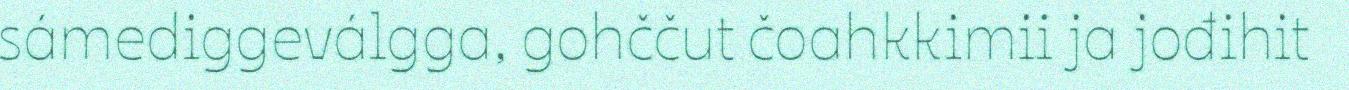
sámediggeválgga, gohččut čoahkkimii ja jođihit